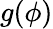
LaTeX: g(\phi)